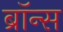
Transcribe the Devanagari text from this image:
ब्रॉन्‍स